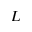
L